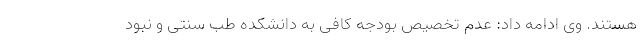
هستند. وی ادامه داد: عدم تخصیص بودجه کافی به دانشکده طب سنتی و نبود